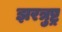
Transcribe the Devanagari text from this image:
झरत्रुष्ट्र